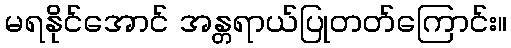
မရနိုင်အောင် အန္တရာယ်ပြုတတ်ကြောင်း။